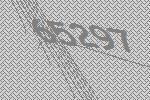
65297